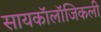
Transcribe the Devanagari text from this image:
सायकॉलॉजिकली